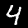
Digit: 4